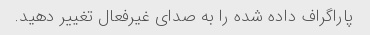
پاراگراف داده شده را به صدای غیرفعال تغییر دهید.